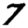
Digit: 7